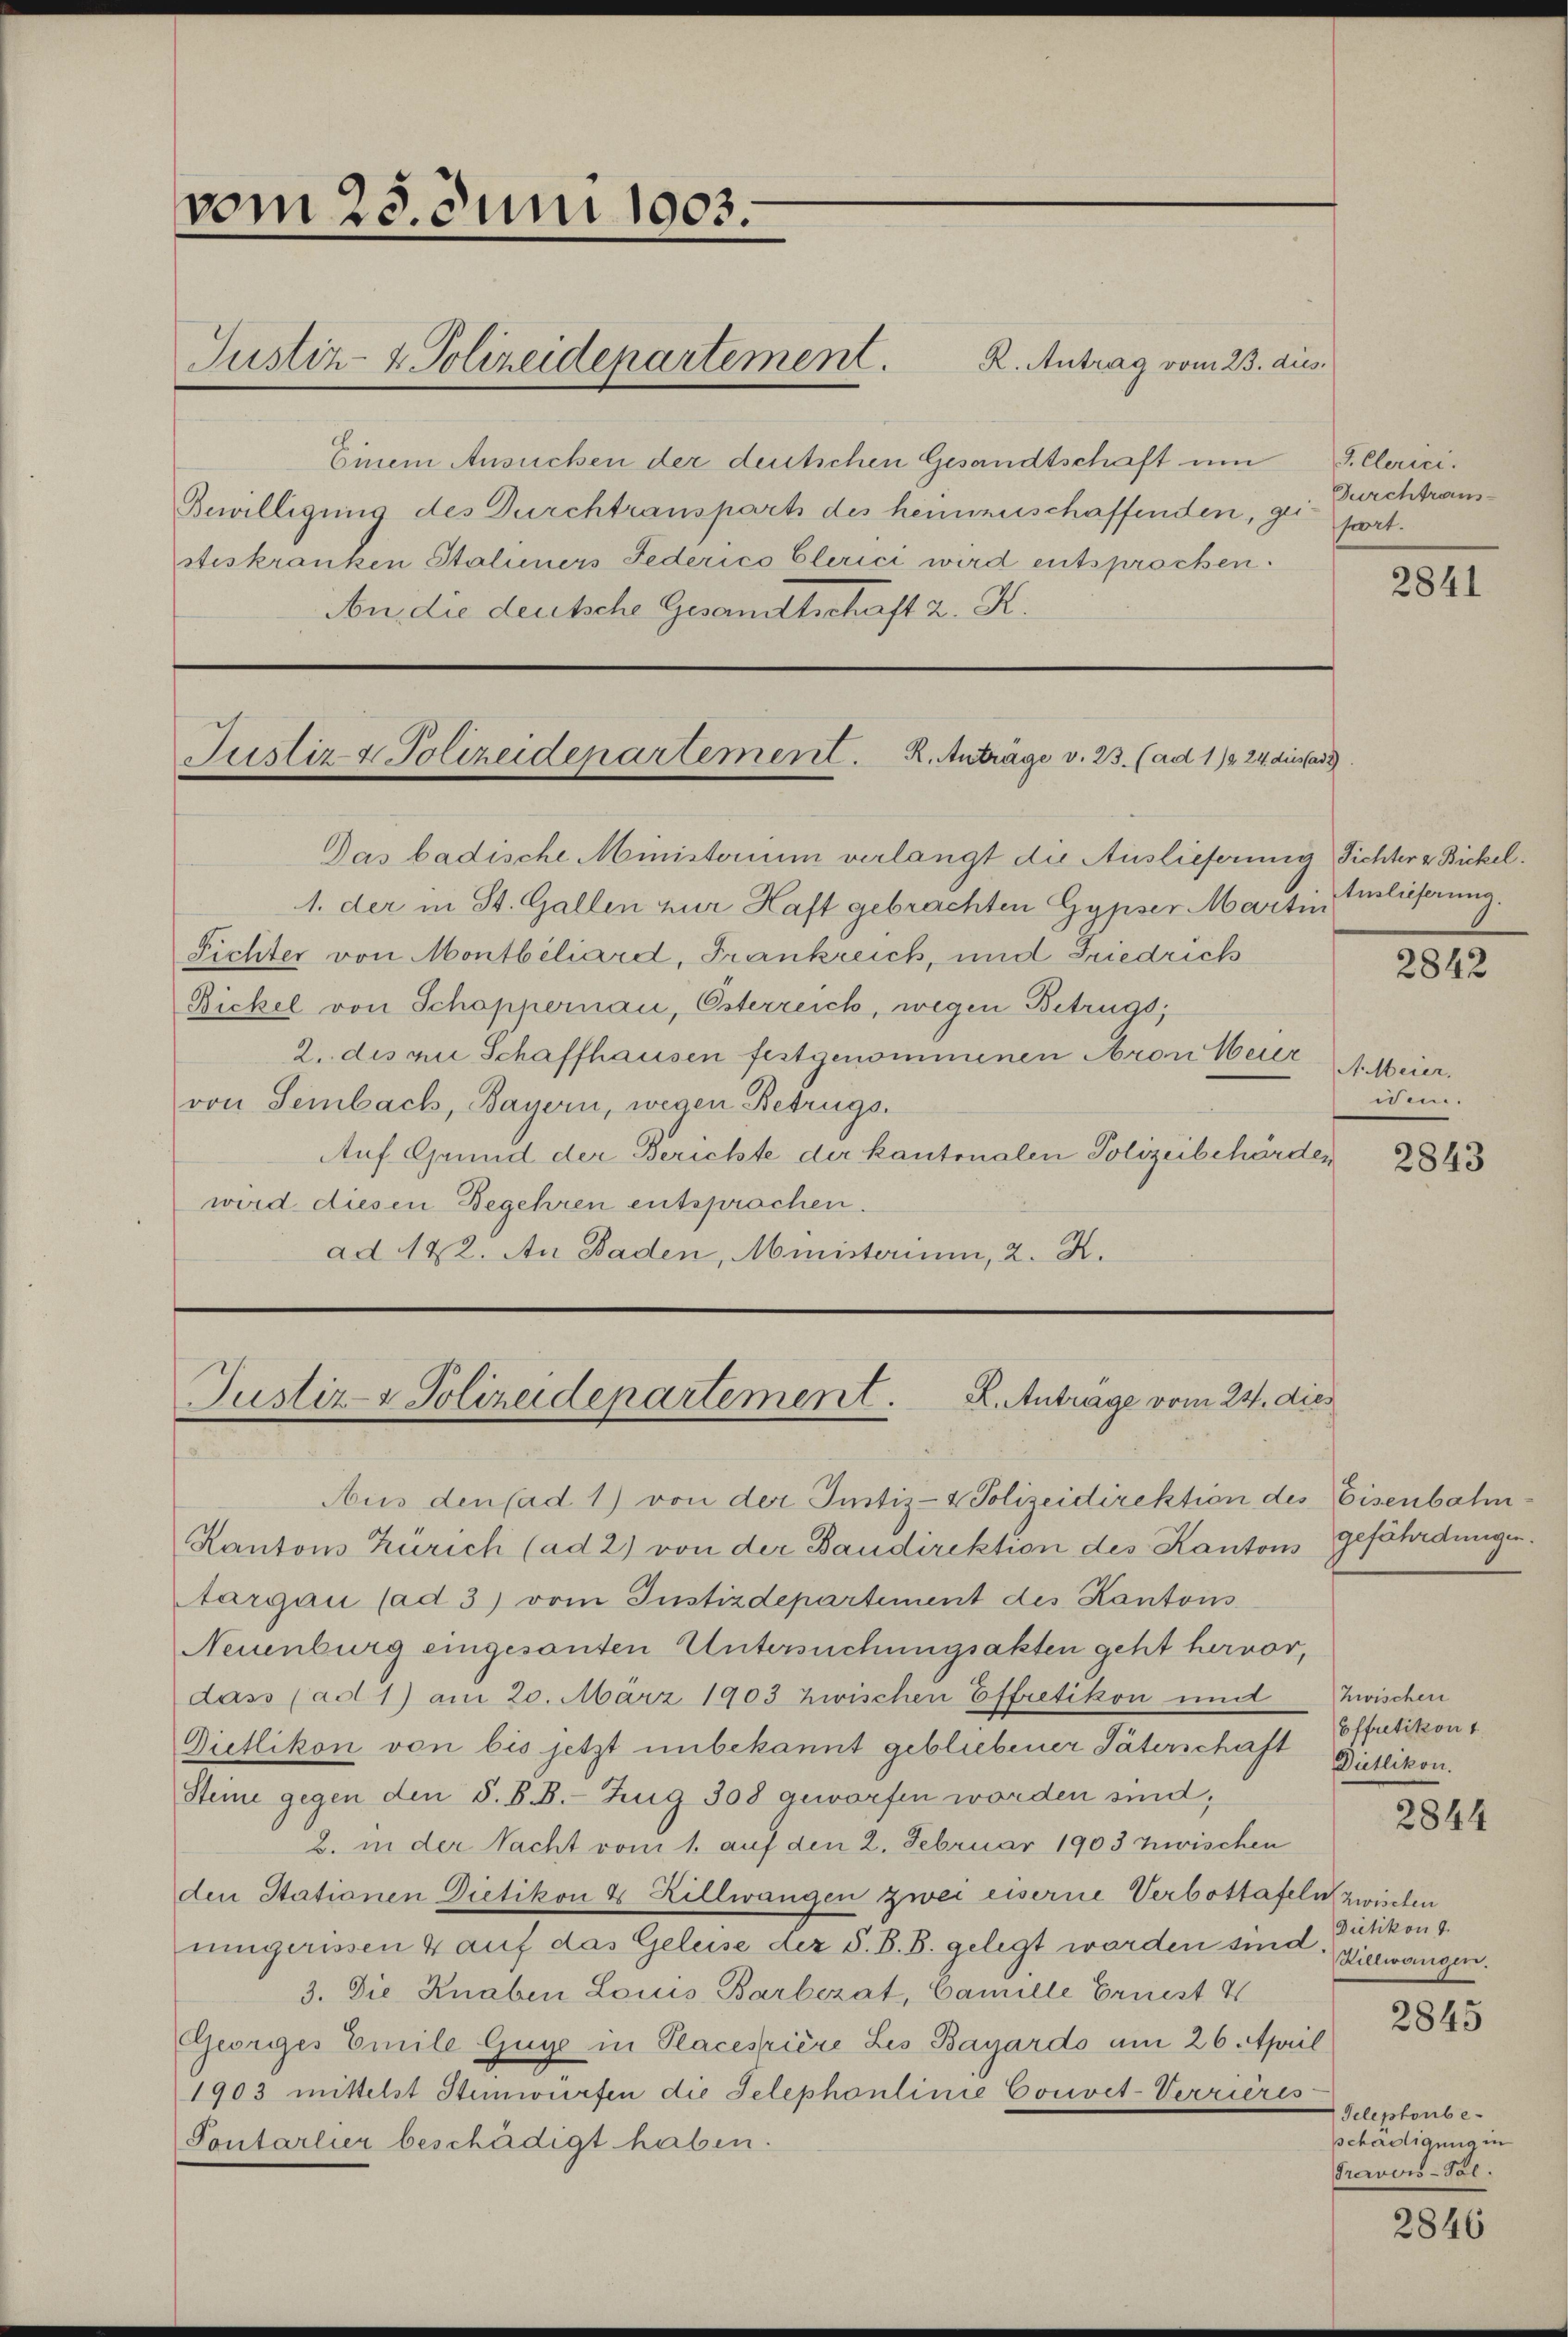
vom 23. Juni 1903.

Einem Ansuchen der deutschen Gesandtschaft um
Bewilligung des Durchtransparts des heimzuschaffenden, zu fort.
steskranken Staliners Federico Clerici wird entsprochen.
An die deutsche Gesandtschaft 2. K.

Justiz- & Polizeidepartement. K. Antrag vom 23. dies.

Justiz- & Polizeidepartement. R. Anträge v. 23. (ad 1/3 24 diesfad

Das badische Ministorium verlangt die Auslieferung Fichter & Bickel.
1. der in St. Gallen zur Haft gebrachten Gypser Martin Auslieferung.
Fichter von Montbiliard, Frankreich, und Fuedrich
Bickel von Schoppernau, Esterreich, wegen Betrugs;
2. des vie Schaffhausen festgenommenen Aron Weier
von Sembach, Bauern, wegen Betrugs¬
Auf Grund der Berichte der kantonalen Polizeibehörder
wird diesen Begehren entsprochen.
ad 192. An Baden, Ministerium, 2. K.

Aus den (ad 1) von der Justiz- & Polizeidirektion des Eisenbahn¬
Kantons Zürich (ad 2) von der Baudirektion des Kantons
Aargau (ad 3) vom Justizdepartement des Kantonss
Neuenburg eingesanten Untersuchungsakten geht hervor,
dass (ad 1) am 20. März 1903 zwischen Effretikon und zwischen
Gietlikon von bis jetzt unbekannt gebliebener Väterschaft Dietlikon.
Steine gegen den S. B. B. Zug 308 geworfen worden sind;
2. in der Nacht vom 1. auf den 2. Februar 1903 zwischen
den Stationen Dietikon & Hillwangen zwei eiserne Verbottafeln zwischen
umgerissen 4 auf das Geleise der S. B. B. gelegt worden sind. Diezwangen.
3. Die Knaben Louis Barbezat, Camille Ernest 4
Georges Emile Guge in Placesière Les Bayardo am 26. April
1903 mittelst Stimwürfen die Telephonlinie Convet-Verrieres
Pontarlier beschädigt haben.

L. Anträge vom 24. dies
Justiz- & Polizeidepartement

2. Clerici.
Durchtraus-

2841

A. Meier,
wdem.

2842

2843

gefährdungen.

Effretikon 1

2844

Dietikon
2845

Telephonbe-
schädigung in
Trarois-Tal.

2846